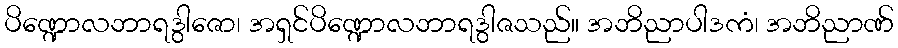
ပိဏ္ဍောလဘာရဒွါဇော၊ အရှင်ပိဏ္ဍောလဘာရဒွါဇသည်။ အဘိညာပါဒကံ၊ အဘိညာဏ်